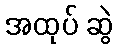
အထုပ် ဆွဲ